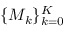
\{ M _ { k } \} _ { k = 0 } ^ { K }